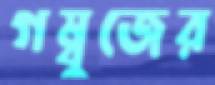
গম্বুজের